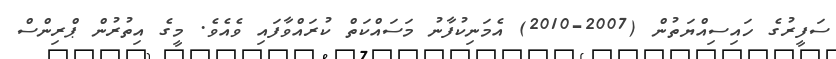
ސަފީރުގެ ހައިސިއްޔަތުން (2007-2010) އެމަނިކުފާނު މަސައްކަތް ކުރައްވާފައި ވެއެވެ. މީގެ އިތުރުން ޕްރިންސް